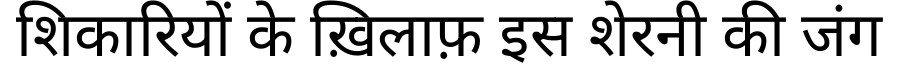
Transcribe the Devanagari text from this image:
शिकारियों के ख़िलाफ़ इस शेरनी की जंग